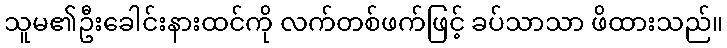
သူမ၏ဦးခေါင်းနားထင်ကို လက်တစ်ဖက်ဖြင့် ခပ်သာသာ ဖိထားသည်။